Code of medical and sanitary regulations for the guidance of medical officers serving in the Madras Presidency - Volume II
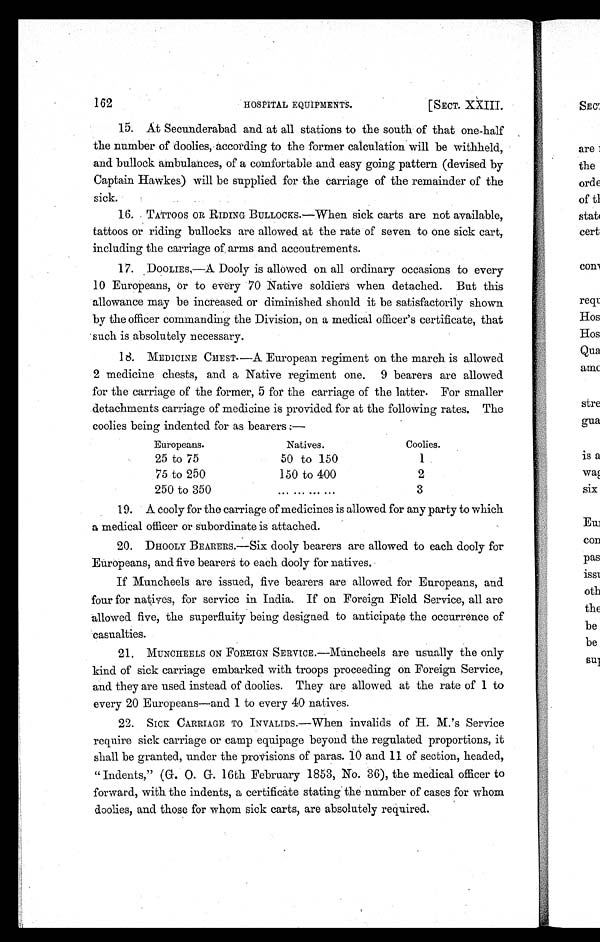
162
[SECT. XXIII.
HOSPITAL EQUIPMENTS.
15. At Secunderabad and at all stations to the south of that one-half
the number of doolies, according to the former calculation will be withheld,
and bullock ambulances, of a comfortable and easy going pattern (devised by
Captain Hawkes) will be supplied for the carriage of the remainder of the
sick.
16.
TATTOOS OR RIDING BULLOCKS.—When sick carts are not available,
tattoos or riding bullocks are allowed at the rate of seven to one sick cart,
including the carriage of arms and accoutrements.
17. DOOLIES,—A Dooly is allowed on all ordinary occasions to every
10 Europeans, or to every 70 Native soldiers when detached. But this
allowance may be increased or diminished should it be satisfactorily shown
by the officer commanding the Division, on a medical officer's certificate, that
such is absolutely necessary.
18.
MEDICINE CHEST.—A European regiment on the march is allowed
2 medicine chests, and a Native regiment one. 9 bearers are allowed
for the carriage of the former, 5 for the carriage of the latter. For smaller
detachments carriage of medicine is provided for at the following rates. The
coolies being indented for as bearers:—
Europeans.
Natives.
Coolies.
25 to 75
50 to 150
1
75 to 250
150 to 400
2
250 to 350
...
. . .
. . .
. . .
3
19. A cooly for the carriage of medicines is allowed for any party to which
a medical officer or subordinate is attached.
20.
DHOOLY BEARERS.—Six dooly bearers are allowed to each dooly for
Europeans, and five bearers to each dooly for natives.
If Muncheels are issued, five bearers are allowed for Europeans, and
four for natives, for service in India. If on Foreign Field Service, all are
allowed five, the superfluity being designed to anticipate the occurrence of
casualties.
21.
MUNCHEELS ON FOREIGN SERVICE.—Muncheels are usually the only
kind of sick carriage embarked with troops proceeding on Foreign Service,
and they are used instead of doolies. They are allowed at the rate of 1 to
every 20 Europeans—and 1 to every 40 natives.
22.
SICK CARRIAGE TO INVALIDS.—When invalids of H. M.'s Service
require sick carriage or camp equipage beyond the regulated proportions, it
shall be granted, under the provisions of paras. 10 and 11 of section, headed,
" Indents," (G. O . G. 16th February 1853, No. 36), the medical officer to
forward, with the indents, a certificate stating the number of cases for whom
doolies, and those for whom sick carts, are absolutely required.